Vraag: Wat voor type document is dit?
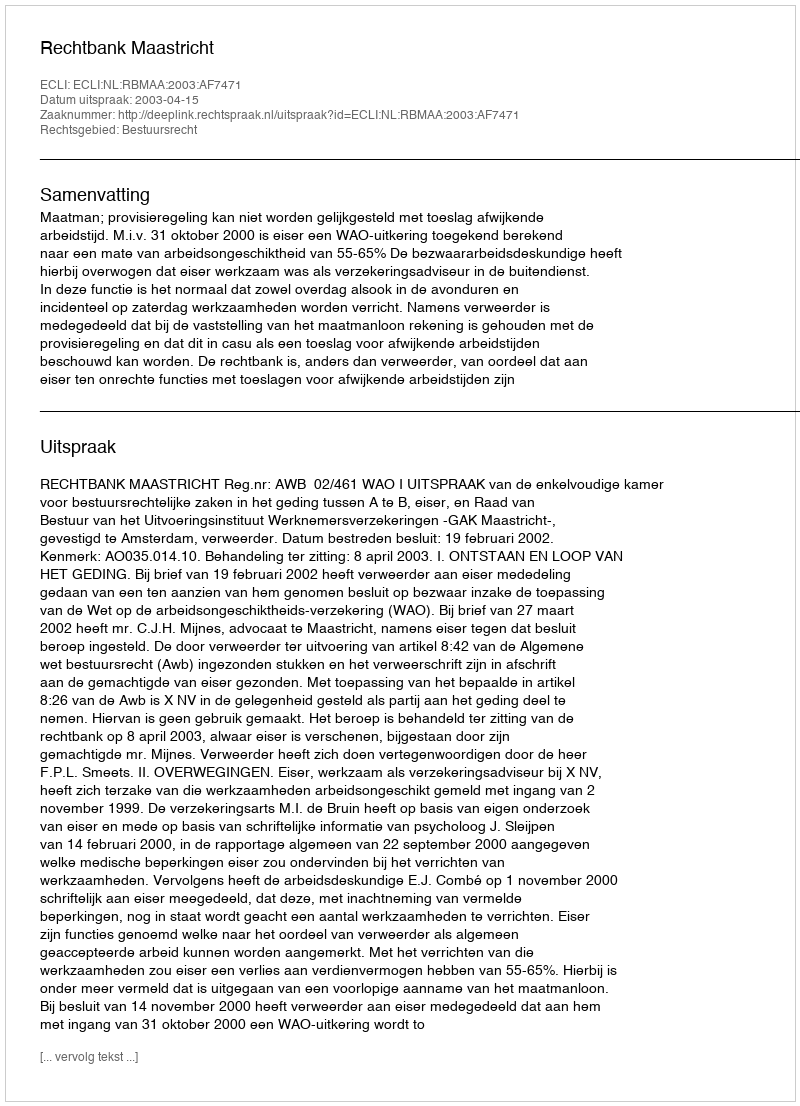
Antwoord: Uitspraak